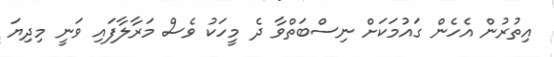
އިތުރުން އެހެން ގައުމަކަަށް ނިސްބަތްވާ ދެ މީހަކު ވެސް މަރާލާފައި ވަނީ މިދިޔަ